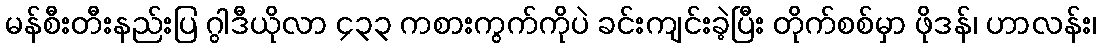
မန်စီးတီးနည်းပြ ဂွါဒီယိုလာ ၄၃၃ ကစားကွက်ကိုပဲ ခင်းကျင်းခဲ့ပြီး တိုက်စစ်မှာ ဖိုဒန်၊ ဟာလန်း၊